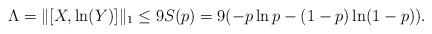
LaTeX: \begin{align*} \Lambda=\|[X,\ln(Y)]\|_1&\leq 9 S(p)=9(-p\ln p-(1-p)\ln(1-p)).\end{align*}